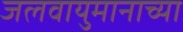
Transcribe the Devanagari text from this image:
जलवायुमानाच्या